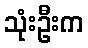
သုံးဦးက